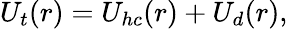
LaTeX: U_{t}(r)=U_{hc}(r)+U_{d}(r),